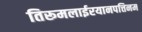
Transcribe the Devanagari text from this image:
तिरूमलाईरयानपत्तिनम